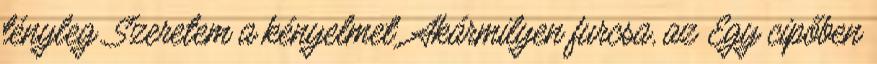
tényleg. Szeretem a kényelmet. Akármilyen furcsa, az Egy cipőben